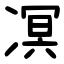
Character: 凕